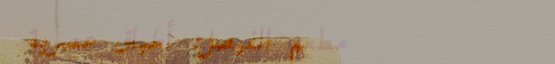
مطعم الفيصل: أطباق عصرية